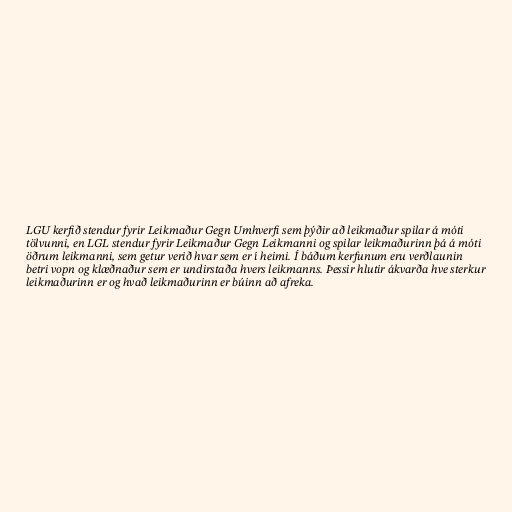
LGU kerfið stendur fyrir Leikmaður Gegn Umhverfi sem þýðir að leikmaður spilar á móti
tölvunni, en LGL stendur fyrir Leikmaður Gegn Leikmanni og spilar leikmaðurinn þá á móti
öðrum leikmanni, sem getur verið hvar sem er í heimi. Í báðum kerfunum eru verðlaunin
betri vopn og klæðnaður sem er undirstaða hvers leikmanns. Þessir hlutir ákvarða hve sterkur
leikmaðurinn er og hvað leikmaðurinn er búinn að afreka.